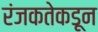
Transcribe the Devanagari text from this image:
रंजकतेकडून